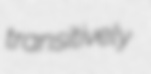
transitively